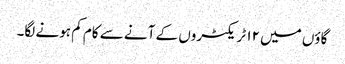
گاؤں میں ۱۲ ٹریکٹروں کے آنے سے کام کم ہونے لگا۔